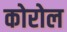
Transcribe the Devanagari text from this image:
कोरोल